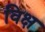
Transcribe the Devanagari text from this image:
विक्ष